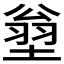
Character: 𱗣